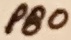
Text: PB0